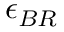
\epsilon _ { B R }